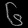
Digit: ၆